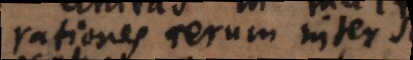
rationes rerum inter